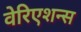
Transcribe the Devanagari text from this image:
वेरिएशन्स